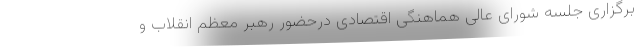
برگزاری جلسه شورای عالی هماهنگی اقتصادی درحضور رهبر معظم انقلاب و